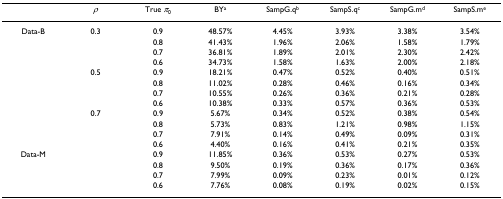
|  | ρ | True π0 | BYa | SampG.qb | SampS.qc | SampG.md | SampS.me |
 | --- | --- | --- | --- | --- | --- | --- | --- |
 | Data-B | 0.3 | 0.9 | 48.57% | 4.45% | 3.93% | 3.38% | 3.54% |
 |  |  | 0.8 | 41.43% | 1.96% | 2.06% | 1.58% | 1.79% |
 |  |  | 0.7 | 36.81% | 1.89% | 2.01% | 2.30% | 2.42% |
 |  |  | 0.6 | 34.73% | 1.58% | 1.63% | 2.00% | 2.18% |
 |  | 0.5 | 0.9 | 18.21% | 0.47% | 0.52% | 0.40% | 0.51% |
 |  |  | 0.8 | 11.02% | 0.28% | 0.46% | 0.16% | 0.34% |
 |  |  | 0.7 | 10.55% | 0.26% | 0.36% | 0.21% | 0.28% |
 |  |  | 0.6 | 10.38% | 0.33% | 0.57% | 0.36% | 0.53% |
 |  | 0.7 | 0.9 | 5.67% | 0.34% | 0.52% | 0.38% | 0.54% |
 |  |  | 0.8 | 5.73% | 0.83% | 1.21% | 0.98% | 1.15% |
 |  |  | 0.7 | 7.91% | 0.14% | 0.49% | 0.09% | 0.31% |
 |  |  | 0.6 | 4.40% | 0.16% | 0.41% | 0.21% | 0.35% |
 | Data-M |  | 0.9 | 11.85% | 0.36% | 0.53% | 0.27% | 0.53% |
 |  |  | 0.8 | 9.50% | 0.19% | 0.36% | 0.17% | 0.36% |
 |  |  | 0.7 | 7.99% | 0.09% | 0.23% | 0.01% | 0.12% |
 |  |  | 0.6 | 7.76% | 0.08% | 0.19% | 0.02% | 0.15% |